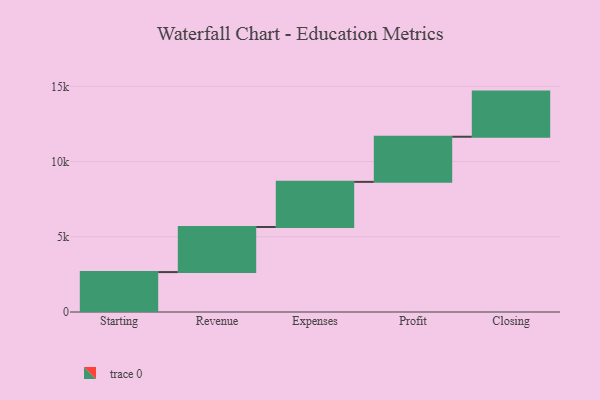
{"axis": {"x": "Step", "y": "Value"}, "legend": [""], "data": [{"x": "Starting", "y": 2653.0, "type": ""}, {"x": "Revenue", "y": 2996.0, "type": ""}, {"x": "Expenses", "y": 3000, "type": ""}, {"x": "Profit", "y": 3000, "type": ""}, {"x": "Closing", "y": 3000, "type": ""}]}